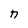
Character: n